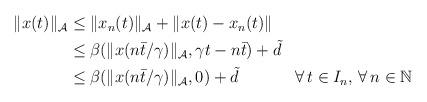
LaTeX: \begin{align*}\begin{aligned}\|x(t)\|_{\mathcal{A}} &\le \|x_{n}(t)\|_{\mathcal{A}} + \|x(t)-x_{n}(t)\| \\&\le \beta(\|x(n\bar{t}/\gamma)\|_{\mathcal{A}},\gamma t-n\bar{t}) + \tilde{d}\\&\le \beta(\|x(n\bar{t}/\gamma)\|_{\mathcal{A}},0) + \tilde{d}&& \forall\,t \in I_n,\,\forall \, n\in\mathbb{N}\end{aligned}\end{align*}